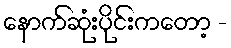
နောက်ဆုံးပိုင်းကတော့ -